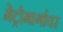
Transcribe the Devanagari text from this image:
मेट्रोमार्गावर